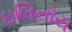
ઇલિનૉય